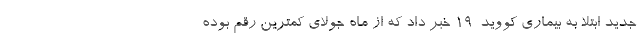
جدید ابتلا به بیماری کووید-۱۹ خبر داد که از ماه جولای کمترین رقم بوده